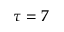
\tau = 7